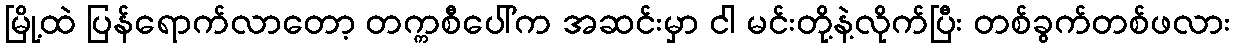
မြို့ထဲ ပြန်ရောက်လာတော့ တက္ကစီပေါ်က အဆင်းမှာ ငါ မင်းတို့နဲ့လိုက်ပြီး တစ်ခွက်တစ်ဖလား